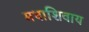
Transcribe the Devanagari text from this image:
मधाशिवाय